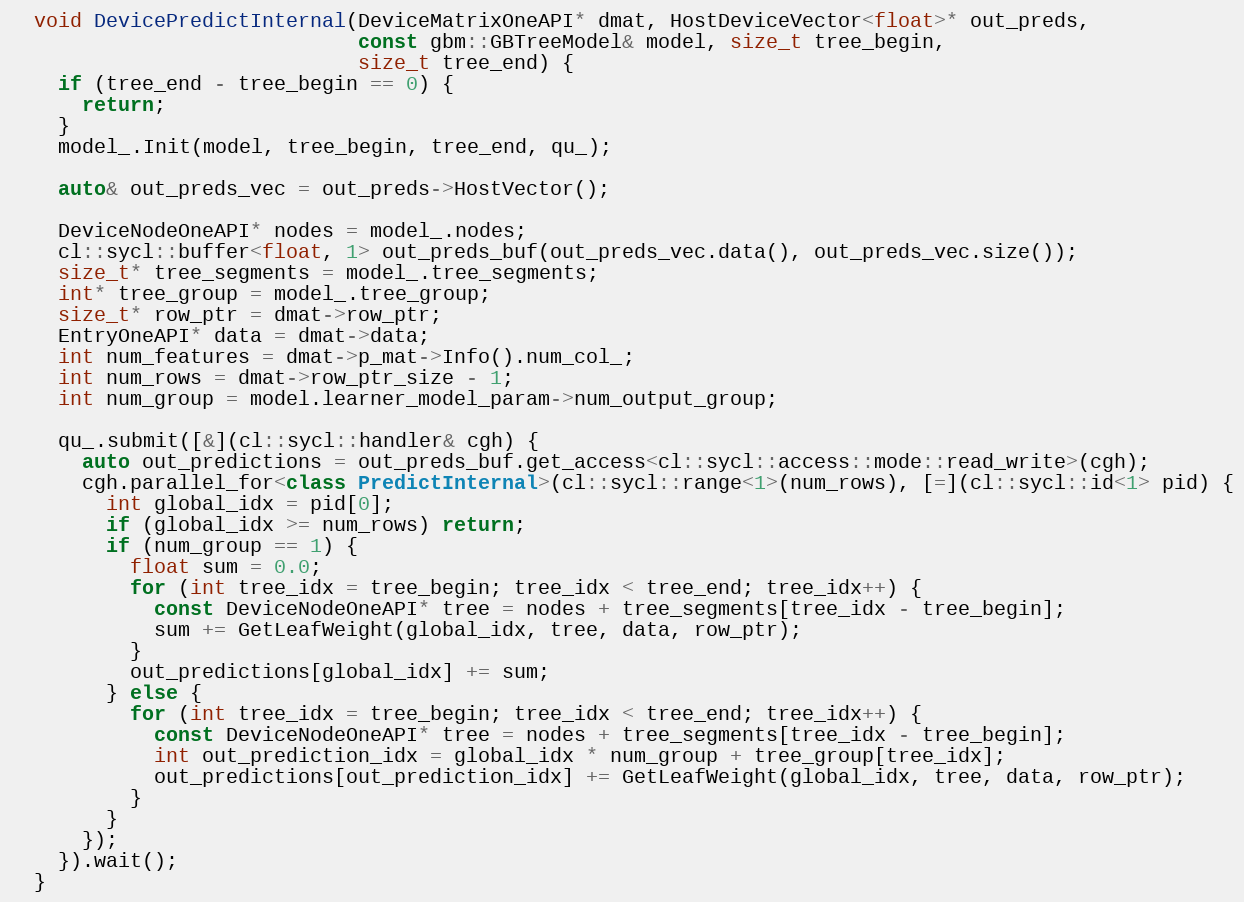
Language: C++
  void DevicePredictInternal(DeviceMatrixOneAPI* dmat, HostDeviceVector<float>* out_preds,
                             const gbm::GBTreeModel& model, size_t tree_begin,
                             size_t tree_end) {
    if (tree_end - tree_begin == 0) {
      return;
    }
    model_.Init(model, tree_begin, tree_end, qu_);

    auto& out_preds_vec = out_preds->HostVector();

    DeviceNodeOneAPI* nodes = model_.nodes;
    cl::sycl::buffer<float, 1> out_preds_buf(out_preds_vec.data(), out_preds_vec.size());
    size_t* tree_segments = model_.tree_segments;
    int* tree_group = model_.tree_group;
    size_t* row_ptr = dmat->row_ptr;
    EntryOneAPI* data = dmat->data;
    int num_features = dmat->p_mat->Info().num_col_;
    int num_rows = dmat->row_ptr_size - 1;
    int num_group = model.learner_model_param->num_output_group;

    qu_.submit([&](cl::sycl::handler& cgh) {
      auto out_predictions = out_preds_buf.get_access<cl::sycl::access::mode::read_write>(cgh);
      cgh.parallel_for<class PredictInternal>(cl::sycl::range<1>(num_rows), [=](cl::sycl::id<1> pid) {
        int global_idx = pid[0];
        if (global_idx >= num_rows) return;
        if (num_group == 1) {
          float sum = 0.0;
          for (int tree_idx = tree_begin; tree_idx < tree_end; tree_idx++) {
            const DeviceNodeOneAPI* tree = nodes + tree_segments[tree_idx - tree_begin];
            sum += GetLeafWeight(global_idx, tree, data, row_ptr);
          }
          out_predictions[global_idx] += sum;
        } else {
          for (int tree_idx = tree_begin; tree_idx < tree_end; tree_idx++) {
            const DeviceNodeOneAPI* tree = nodes + tree_segments[tree_idx - tree_begin];
            int out_prediction_idx = global_idx * num_group + tree_group[tree_idx];
            out_predictions[out_prediction_idx] += GetLeafWeight(global_idx, tree, data, row_ptr);
          }
        }
      });
    }).wait();
  }